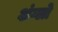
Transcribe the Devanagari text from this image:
अंग्लो